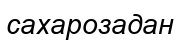
сахарозадан